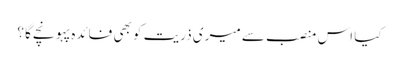
کیا اس منصب سے میری ذریت کو بھی فائدہ پہونچے گا ؟